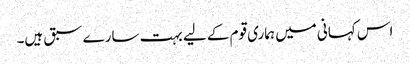
اس کہانی میں ہماری قوم کے لیے بہت سارے سبق ہیں۔